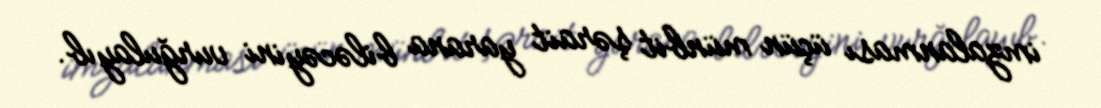
imzalanması üçün münbit şərait yarana biləcəyini vurğulayıb.